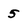
Character: 5